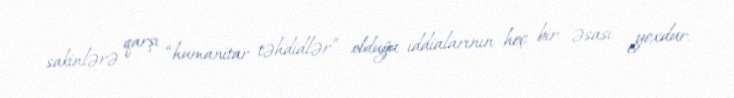
sakinlərə qarşı “humanitar təhdidlər” olduğu iddialarının heç bir əsası yoxdur.